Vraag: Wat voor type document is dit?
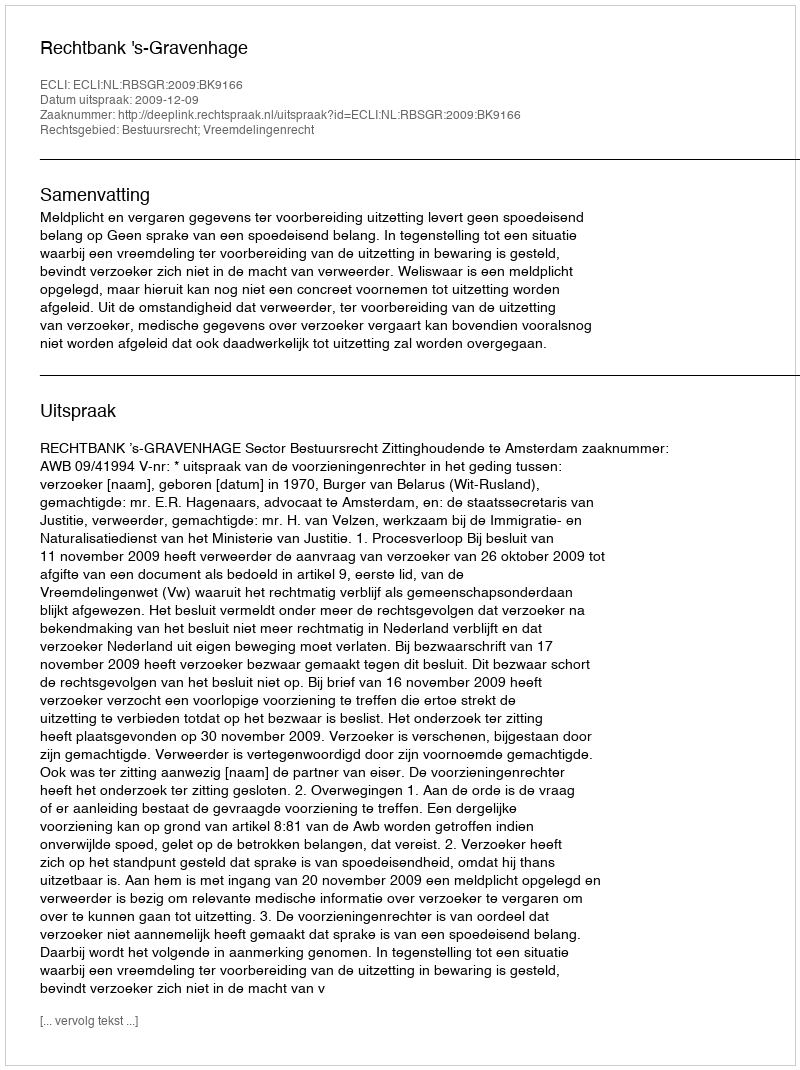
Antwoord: Uitspraak